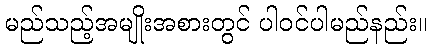
မည်သည့်အမျိုးအစားတွင် ပါဝင်ပါမည်နည်း။